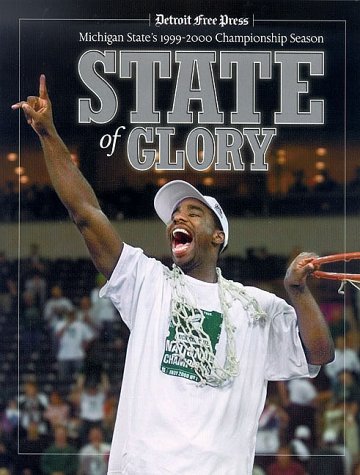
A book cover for State of Glory: Michigan State's 1999-2000 Championship Season; Triumph Books; Sports & Outdoors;